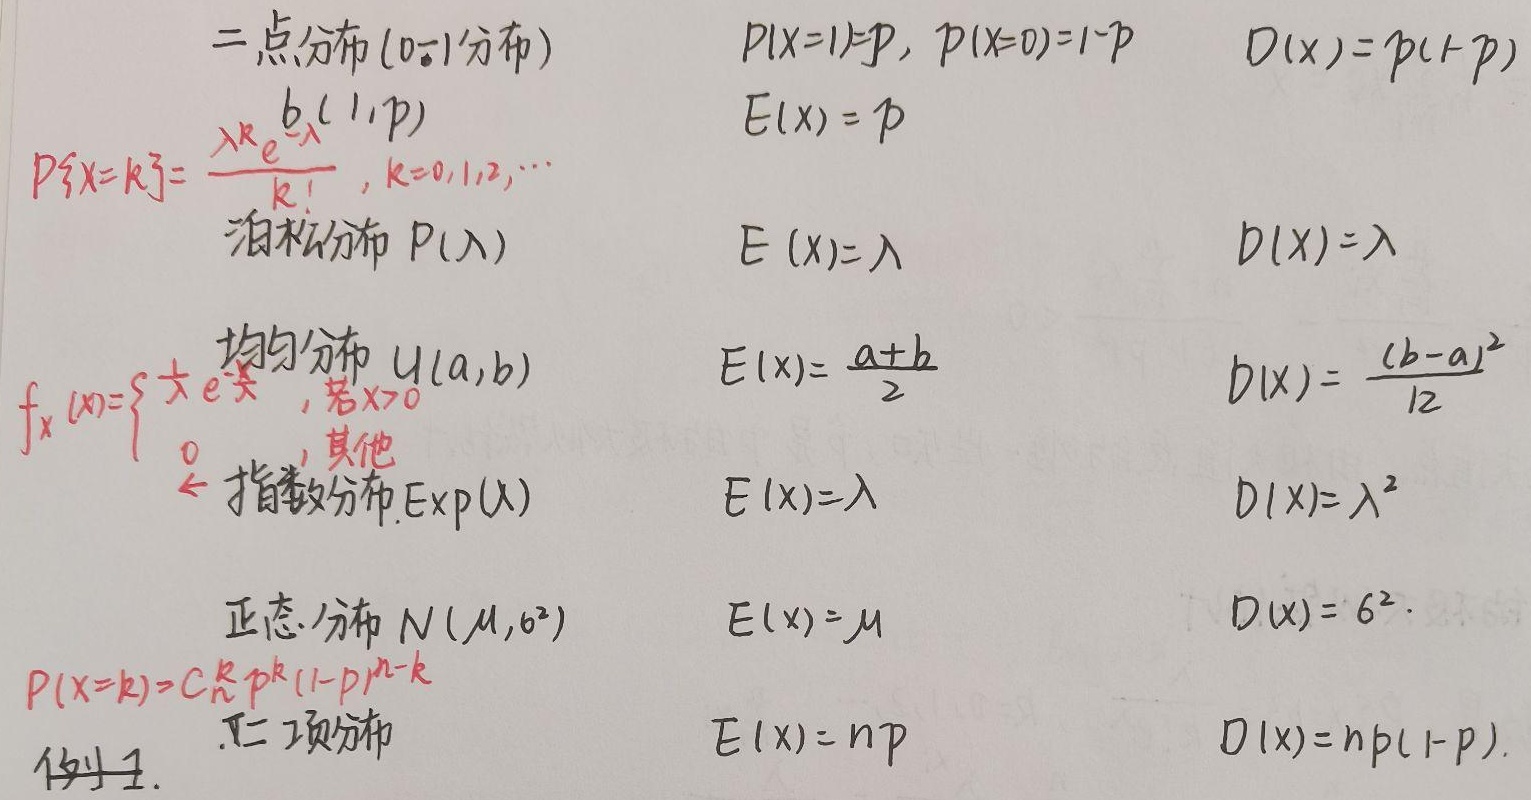
二点分布(0 - 1分布) \(b(1,p)\)：\(P\{X = k\}=\begin{cases}p, & k = 1\\1 - p, & k = 0\end{cases}\)，\(E(X)=p\)，\(D(X)=p(1 - p)\)

泊松分布 \(P(\lambda)\)：\(P\{X = k\}=\frac{\lambda^{k}e^{-\lambda}}{k!},k = 0,1,2,\cdots\)，\(E(X)=\lambda\)，\(D(X)=\lambda\)

指数分布 \(\text{Exp}(\lambda)\)：\(f_X(x)=\begin{cases}\lambda e^{-\lambda x},& \text{若 }x>0\\0,& \text{其他}\end{cases}\)，\(E(X)=\frac{1}{\lambda}\)，\(D(X)=\frac{1}{\lambda^{2}}\)

正态分布 \(N(\mu,\sigma^{2})\)：\(E(X)=\mu\)，\(D(X)=\sigma^{2}\)

二项分布 \(b(n,p)\)：\(P(X = k)=C_{n}^{k}p^{k}(1 - p)^{n - k}\)，\(E(X)=np\)，\(D(X)=np(1 - p)\)

均匀分布 \(U(a,b)\)：\(E(X)=\frac{a + b}{2}\)，\(D(X)=\frac{(b - a)^{2}}{12}\)

例1.